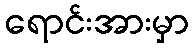
ရောင်းအားမှာ